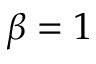
\beta = 1